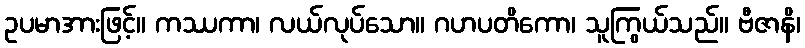
ဥပမာအားဖြင့်။ ကဿကာ၊ လယ်လုပ်သော။ ဂဟပတိကော၊ သူကြွယ်သည်။ ဗီဇာနိ၊